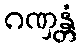
ဂဏှန္တံ